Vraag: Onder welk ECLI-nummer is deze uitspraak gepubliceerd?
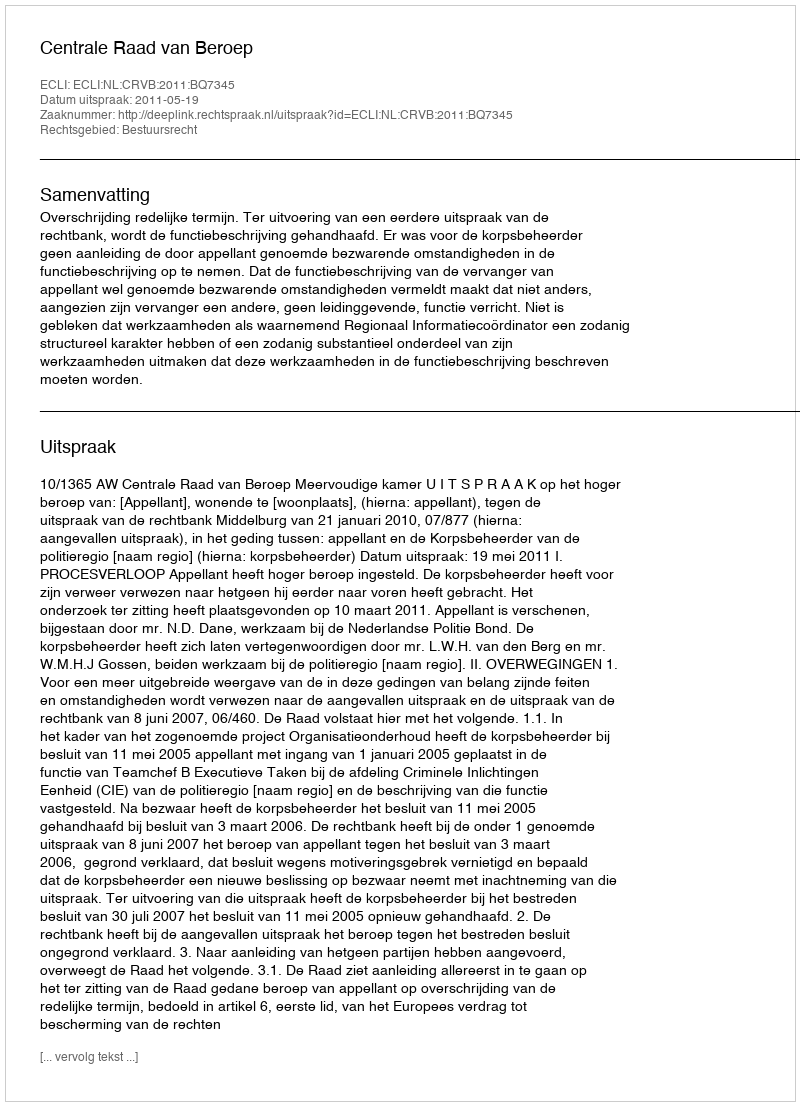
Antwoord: ECLI:NL:CRVB:2011:BQ7345